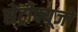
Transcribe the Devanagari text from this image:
सेंट्रीफ्यूजों